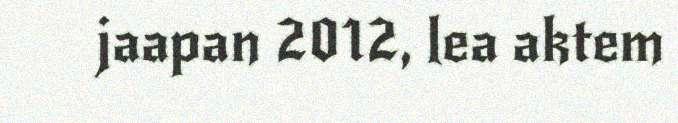
jaapan 2012, lea aktem